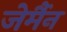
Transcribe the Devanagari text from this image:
जेर्मैन